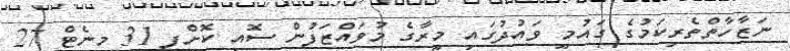
ނަޒާހާތްތެރިކަމުގެ ގައުމީ ވައުދުގައި މީރާގެ މުވައްޒަފުން ސޮއި ކޮށްފި 31 މިނެޓް 27